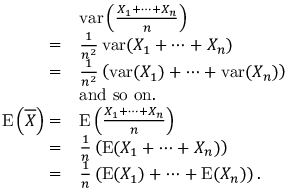
\begin{array} { r l } & { \operatorname { v a r } \left( \frac { X _ { 1 } + \cdots + X _ { n } } n \right) } \\ { = } & { \frac 1 { n ^ { 2 } } \operatorname { v a r } ( X _ { 1 } + \cdots + X _ { n } ) } \\ { = } & { \frac 1 { n ^ { 2 } } \left( \operatorname { v a r } ( X _ { 1 } ) + \cdots + \operatorname { v a r } ( X _ { n } ) \right) } \\ & { \mathrm { a n d ~ s o ~ o n . } } \\ { \operatorname E \left( \overline { X } \right) = } & { \operatorname E \left( \frac { X _ { 1 } + \cdots + X _ { n } } n \right) } \\ { = } & { \frac 1 n \left( \operatorname E ( X _ { 1 } + \cdots + X _ { n } ) \right) } \\ { = } & { \frac 1 n \left( \operatorname E ( X _ { 1 } ) + \cdots + \operatorname E ( X _ { n } ) \right) . } \end{array}